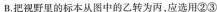
B. 把视野里的标本从图中的乙转为丙。应选用②③